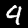
Label: 9